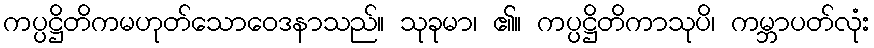
ကပ္ပဋ္ဌိတိကမဟုတ်သောဝေဒနာသည်။ သုခုမာ၊ ၏။ ကပ္ပဋ္ဌိတိကာသုပိ၊ ကမ္ဘာပတ်လုံး